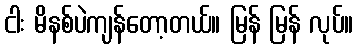
ငါး မိနစ်ပဲကျန်တော့တယ်။ မြန် မြန် လုပ်။